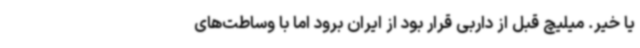
یا خیر. میلیچ قبل از داربی قرار بود از ایران برود اما با وساطت‌های